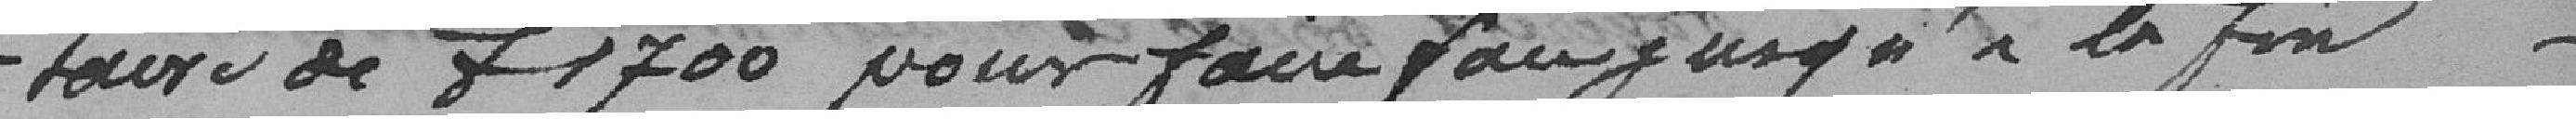
de 1700 Francs pour faire faire jusqu'à la fin